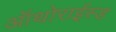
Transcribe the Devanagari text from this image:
ऑथोराईस्ड